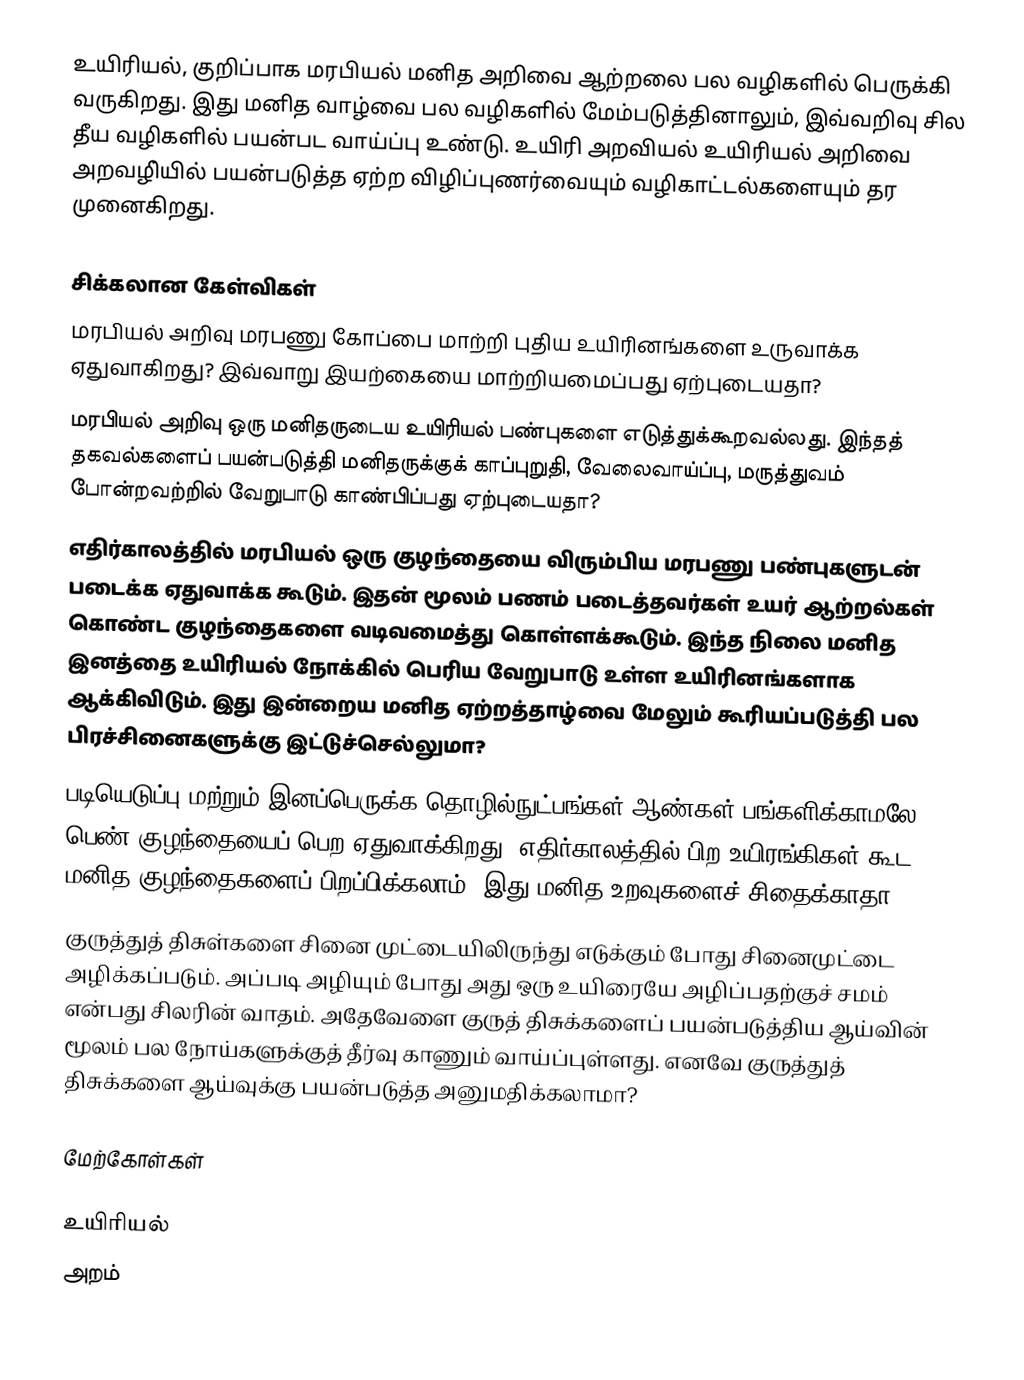
உயிரியல், குறிப்பாக மரபியல் மனித அறிவை ஆற்றலை பல வழிகளில் பெருக்கி வருகிறது. இது மனித வாழ்வை பல வழிகளில் மேம்படுத்தினாலும், இவ்வறிவு சில தீய வழிகளில் பயன்பட வாய்ப்பு உண்டு. உயிரி அறவியல் உயிரியல் அறிவை அறவழி்யில் பயன்படுத்த ஏற்ற விழிப்புணர்வையும் வழிகாட்டல்களையும் தர முனைகிறது.

சிக்கலான கேள்விகள்
 மரபியல் அறிவு மரபணு கோப்பை மாற்றி புதிய உயிரினங்களை உருவாக்க ஏதுவாகிறது? இவ்வாறு இயற்கையை மாற்றியமைப்பது ஏற்புடையதா?
 மரபியல் அறிவு ஒரு மனிதருடைய உயிரியல் பண்புகளை எடுத்துக்கூறவல்லது. இந்தத் தகவல்களைப் பயன்படுத்தி மனிதருக்குக் காப்புறுதி, வேலைவாய்ப்பு, மருத்துவம் போன்றவற்றில் வேறுபாடு காண்பிப்பது ஏற்புடையதா?
 எதிர்காலத்தில் மரபியல் ஒரு குழந்தையை விரும்பிய மரபணு பண்புகளுடன் படைக்க ஏதுவாக்க கூடும். இதன் மூலம் பணம் படைத்தவர்கள் உயர் ஆற்றல்கள் கொண்ட குழந்தைகளை வடிவமைத்து கொள்ளக்கூடும். இந்த நிலை மனித இனத்தை உயிரியல் நோக்கில் பெரிய வேறுபாடு உள்ள உயிரினங்களாக ஆக்கிவிடும். இது இன்றைய மனித ஏற்றத்தாழ்வை மேலும் கூரியப்படுத்தி பல பிரச்சினைகளுக்கு இட்டுச்செல்லுமா?
 படியெடுப்பு மற்றும் இனப்பெருக்க தொழில்நுட்பங்கள் ஆண்கள் பங்களிக்காமலே பெண் குழந்தையைப் பெற ஏதுவாக்கிறது. எதிர்காலத்தில் பிற உயிரங்கிகள் கூட மனித குழந்தைகளைப் பிறப்பிக்கலாம்? இது மனித உறவுகளைச் சிதைக்காதா?
 குருத்துத் திசுள்களை சினை முட்டையிலிருந்து எடுக்கும் போது சினைமுட்டை அழிக்கப்படும். அப்படி அழியும் போது அது ஒரு உயிரையே அழிப்பதற்குச் சமம் என்பது சிலரின் வாதம். அதேவேளை குருத் திசுக்களைப் பயன்படுத்திய ஆய்வின் மூலம் பல நோய்களுக்குத் தீர்வு காணும் வாய்ப்புள்ளது. எனவே குருத்துத் திசுக்களை ஆய்வுக்கு பயன்படுத்த அனுமதிக்கலாமா?

மேற்கோள்கள்

உயிரியல்
அறம்